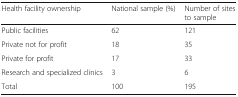
<table><thead><tr><td><b>Health facility ownership</b></td><td><b>National sample (%)</b></td><td><b>Number of sites to sample</b></td></tr></thead><tbody><tr><td>Public facilities</td><td>62</td><td>121</td></tr><tr><td>Private not for profit</td><td>18</td><td>35</td></tr><tr><td>Private for profit</td><td>17</td><td>33</td></tr><tr><td>Research and specialized clinics</td><td>3</td><td>6</td></tr><tr><td>Total</td><td>100</td><td>195</td></tr></tbody></table>